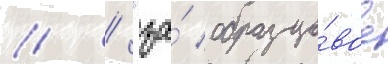
// / "за́ образцо́вое